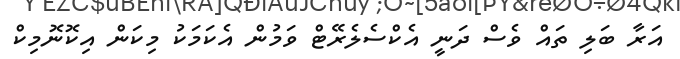
އަރާ ބަލި ތައް ވެސް ދަނީ އެކްސެލެރޭޓް ވަމުން އެކަމަކު މިކަން އިކޮނޮމިކް